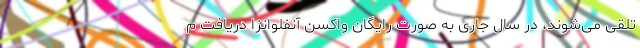
تلقی می‌شوند، در سال جاری به صورت رایگان واکسن آنفلوانزا دریافت م